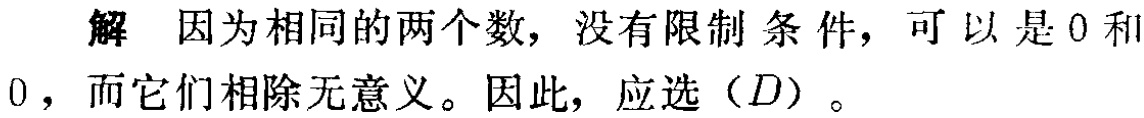
解 因为相同的两个数，没有限制条件，可以是 \(0\) 和 \(0\)，而它们相除无意义。因此，应选（\(D\)）。